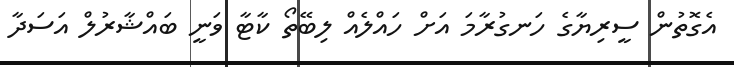
އެގޮތުން ސީރިޔާގެ ހަނގުރާމަ އަށް ހައްލެއް ލިބޭތޯ ކާޓާ ވަނީ ބައްޝާރުލް އަސަދާ